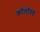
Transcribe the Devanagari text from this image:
कॉलॉयड